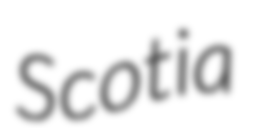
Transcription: Scotia